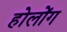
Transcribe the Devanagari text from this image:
होलोंग